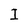
Character: I